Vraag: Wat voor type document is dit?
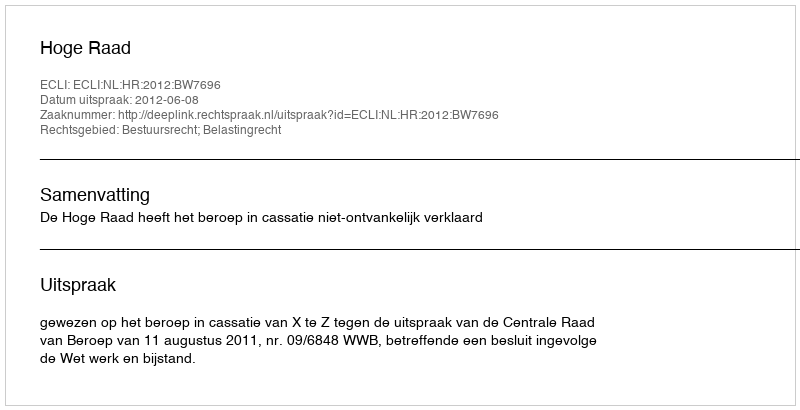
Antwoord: Uitspraak